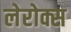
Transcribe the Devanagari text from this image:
लेरोक्स